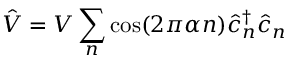
\hat { V } = V \sum _ { n } \cos ( 2 \pi \alpha n ) \hat { c } _ { n } ^ { \dagger } \hat { c } _ { n }